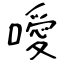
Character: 噯